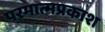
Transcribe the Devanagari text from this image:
परमात्मप्रकाश